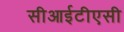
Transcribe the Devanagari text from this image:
सीआईटीएसी